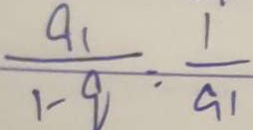
\frac { a _ { 1 } } { 1 - q } = \frac { 1 } { a _ { 1 } }